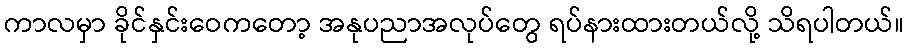
ကာလမှာ ခိုင်နှင်းဝေကတော့ အနုပညာအလုပ်တွေ ရပ်နားထားတယ်လို့ သိရပါတယ်။